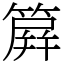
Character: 簈